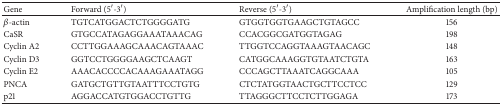
<table><thead><tr><td><b>Gene</b></td><td><b>Forward (5′-3′)</b></td><td><b>Reverse (5′-3′)</b></td><td><b>Amplification length (bp)</b></td></tr></thead><tbody><tr><td><i>β</i>-actin</td><td>TGTCATGGACTCTGGGGATG</td><td>GTGGTGGTGAAGCTGTAGCC</td><td>156</td></tr><tr><td>CaSR</td><td>GTGCCATAGAGGAAATAAACAG</td><td>CCACGGCGATGGTAGAG</td><td>198</td></tr><tr><td>Cyclin A2</td><td>CCTTGGAAAGCAAACAGTAAAC</td><td>TTGGTCCAGGTAAAGTAACAGC</td><td>148</td></tr><tr><td>Cyclin D3</td><td>GGTCCTGGGGAAGCTCAAGT</td><td>CATGGCAAAGGTGTAATCTGTA</td><td>163</td></tr><tr><td>Cyclin E2</td><td>AAACACCCCACAAAGAAATAGG </td><td>CCCAGCTTAAATCAGGCAAA </td><td>105</td></tr><tr><td>PNCA</td><td>GATGCTGTTGTAATTTCCTGTG</td><td>CTCTATGGTAACTGCTTCCTCC </td><td>129</td></tr><tr><td>p21</td><td>AGGACCATGTGGACCTGTTG</td><td>TTAGGGCTTCCTCTTGGAGA</td><td>173</td></tr></tbody></table>